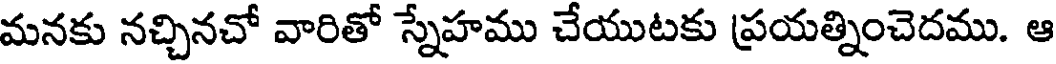
మనకు నచ్చినచో వారితో స్నేహము చేయుటకు ప్రయత్నించెదము. ఆ